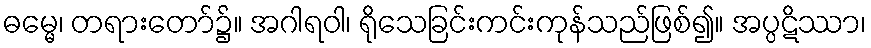
ဓမ္မေ၊ တရားတော်၌။ အဂါရဝါ၊ ရိုသေခြင်းကင်းကုန်သည်ဖြစ်၍။ အပ္ပဋိဿာ၊